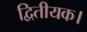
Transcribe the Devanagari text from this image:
द्वितीयक।